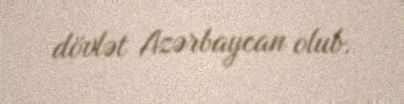
dövlət Azərbaycan olub.